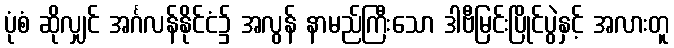
ပုံစံ ဆိုလျှင် အင်္ဂလန်နိုင်ငံ၌ အလွန် နာမည်ကြီးသော ဒါဗီမြင်းပြိုင်ပွဲနှင့် အလားတူ